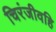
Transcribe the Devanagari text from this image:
चिरंजीवहि